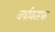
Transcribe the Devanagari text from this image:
वर्षाकारक